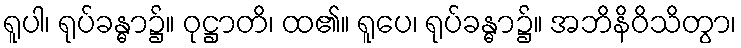
ရူပါ၊ ရုပ်ခန္ဓာ၌။ ဝုဋ္ဌာတိ၊ ထ၏။ ရူပေ၊ ရုပ်ခန္ဓာ၌။ အဘိနိဝိသိတွာ၊